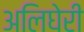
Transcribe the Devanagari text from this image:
अलिघेरी